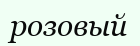
розовый